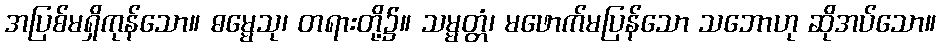
အပြစ်မရှိကုန်သော။ ဓမ္မေသု၊ တရားတို့၌။ သမ္မတ္တံ၊ မဖောက်မပြန်သော သဘောဟု ဆိုအပ်သော။